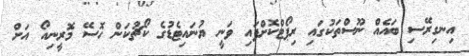
އިނގިރޭސި ބައެއް ނޫސްތަކުގައި ރިޕޯޓްކޮށްފައި ވަނީ ޔުނައިޓެޑުގެ ކޯޗުކަން ހޮސޭ މޮރީނިއޯ އަށް